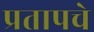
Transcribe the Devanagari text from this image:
प्रतापचे